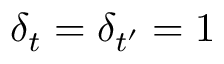
\delta _ { t } = \delta _ { t ^ { \prime } } = 1